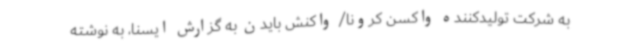
به شرکت‌ تولیدکننده واکسن کرونا/ واکنش بایدن به گزارش ایسنا، به نوشته